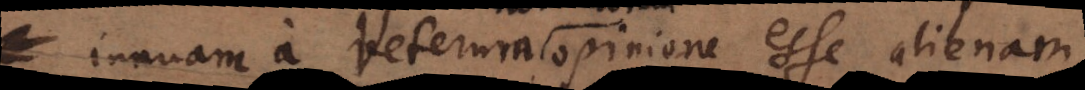
innuam, a Veterum opinione esse alienam